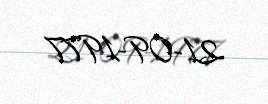
21-09-1977